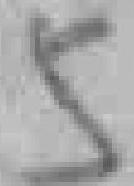
5